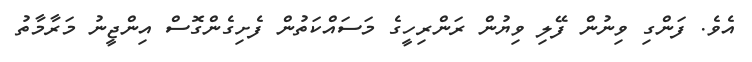
އެވެ. ފަންގި ވިނުން ފޭލި ވިޔުން ރަންރިހީގެ މަސައްކަތުން ފެށިގެންގޮސް އިންޖީނު މަރާމާތު